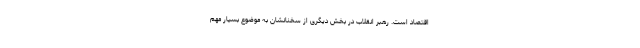
اقتصاد است. رهبر انقلاب در بخش دیگری از سخنانشان به موضوع بسیار مهم